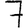
Digit: 7